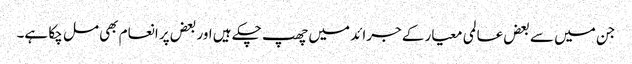
جن میں سے بعض عالمی معیار کے جرائد میں چھپ چکے ہیں اور بعض پر انعام بھی مل چکا ہے۔